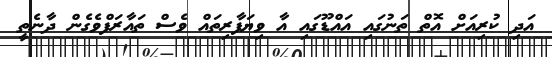
އަދި ކުރިއަށް އޮތް ތަނުގައި އައްޑޫގައި އާ ވިޔަފާރިތައް ވެސް ތައާރަފްވެގެން ދާނެތީ